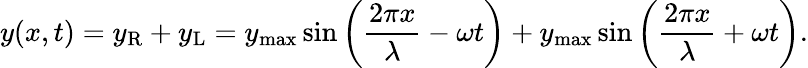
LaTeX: y(x,t)=y_{\mathrm{R}}+y_{\mathrm{L}}=y_{\mathrm{max}}\sin\left({\frac{2\pi x}{\lambda}}-\omega t\right)+y_{\mathrm{max}}\sin\left({\frac{2\pi x}{\lambda}}+\omega t\right).